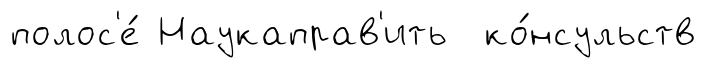
полос'е́ Наукаправ'ить ко́нсульств